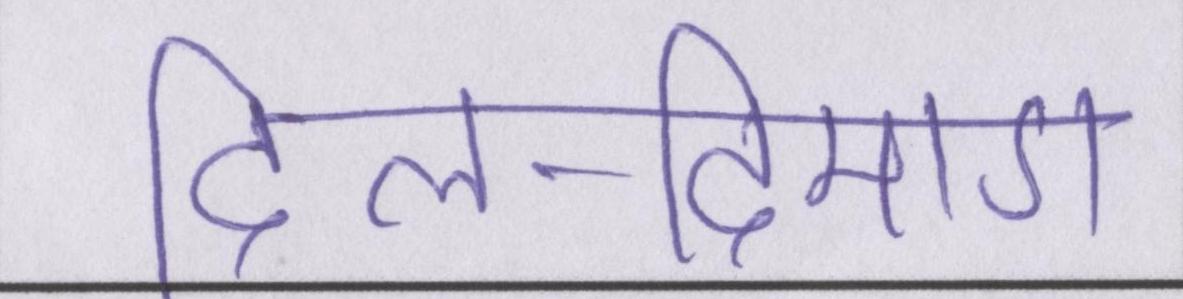
दिल-दिमाग